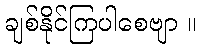
ချစ်နိုင်ကြပါစေဗျာ ။